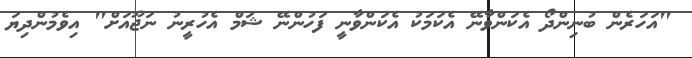
"އަހަރެން ބުނިންދޯ އެކަންވާނޭ އެކަމަކު އެކަންވާނީ ފަހުންނޭ ޝަމް އެހުރީނު ނަޖޫއަށް" އިވެމުންދިޔަ